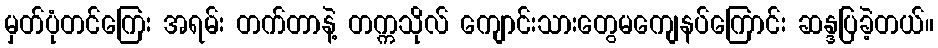
မှတ်ပုံတင်ကြေး အရမ်း တက်တာနဲ့ တက္ကသိုလ် ကျောင်းသားတွေမကျေနပ်ကြောင်း ဆန္ဒပြခဲ့တယ်။